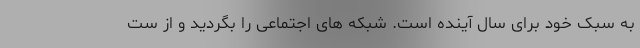
به سبک خود برای سال آینده است. شبکه های اجتماعی را بگردید و از ست